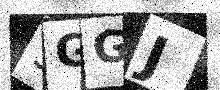
Text: 5GGJ